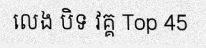
លេង បិទ វគ្គ Top 45